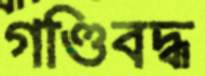
গণ্ডিবদ্ধ